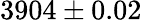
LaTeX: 3904\pm 0.02